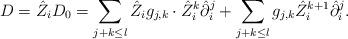
LaTeX: \begin{align*} D= \hat{Z}_i D_0 = \sum_{j + k \leq l} \hat{Z}_ig_{j,k} \cdot \hat{Z}_i^k \hat{\partial}_i^j + \sum_{j + k \leq l} g_{j,k} \hat{Z}_i^{k+1} \hat{\partial}_i^j. \end{align*}